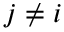
j \neq i